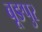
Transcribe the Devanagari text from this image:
बूङपुर